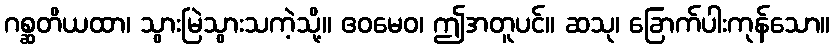
ဂစ္ဆတိယထာ၊ သွားမြဲသွားသကဲ့သို့။ ဧဝမေဝ၊ ဤအတူပင်။ ဆသု၊ ခြောက်ပါးကုန်သော။